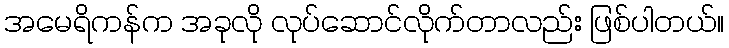
အမေရိကန်က အခုလို လုပ်ဆောင်လိုက်တာလည်း ဖြစ်ပါတယ်။